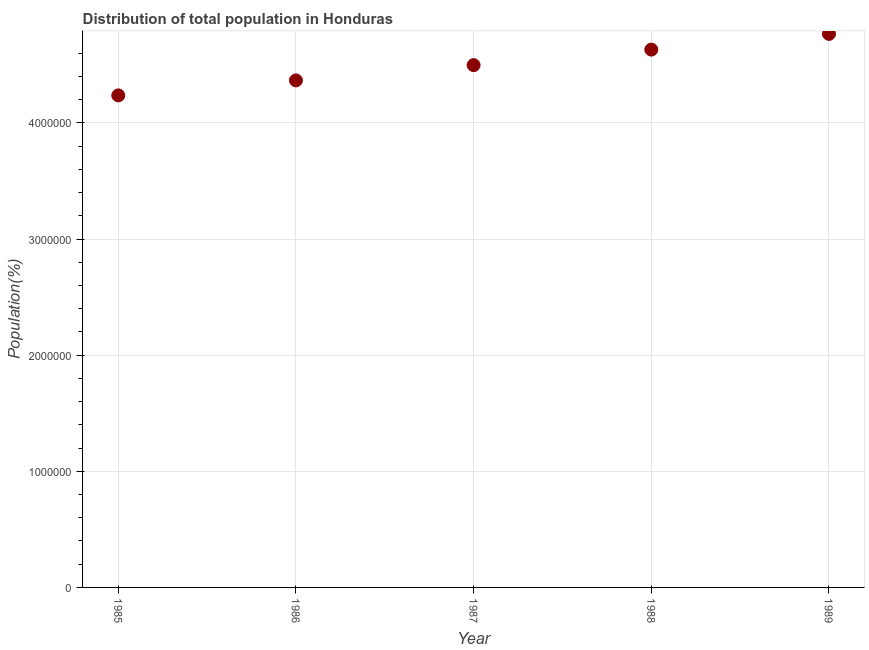
| Year | Total |
 | --- | --- |
 | 1985 | 4.24e+06 |
 | 1986 | 4.37e+06 |
 | 1987 | 4.5e+06 |
 | 1988 | 4.63e+06 |
 | 1989 | 4.77e+06 |